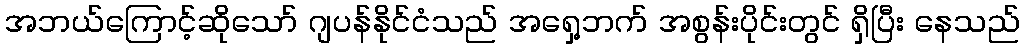
အဘယ်ကြောင့်ဆိုသော် ဂျပန်နိုင်ငံသည် အရှေ့ဘက် အစွန်းပိုင်းတွင် ရှိပြီး နေသည်